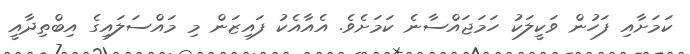
ކަމަށާއި ފަހުން ވަކީލަކު ހަމަޖައްސާނެ ކަމަށެވެ. އެއާއެކު ފައިޒަން މި މައްސަލައިގެ އިބްތިދާއީ